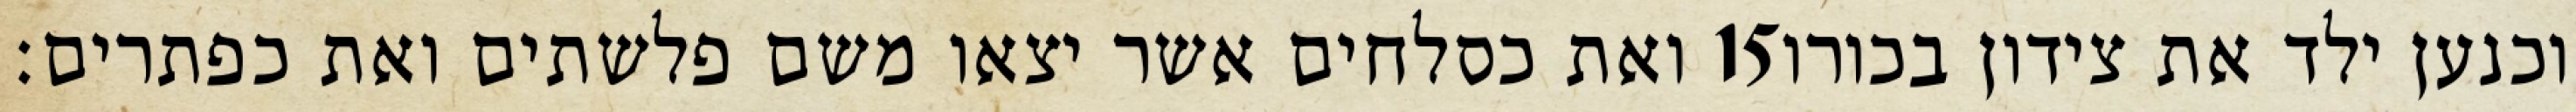
ואת כסלחים אשר יצאו משם פלשתים ואת כפתרים׃ ‎15‏ וכנען ילד את צידון בכורו